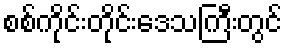
စစ်ကိုင်းတိုင်းဒေသကြီးတွင်